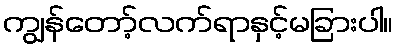
ကျွန်တော့်လက်ရာနှင့်မခြားပါ။